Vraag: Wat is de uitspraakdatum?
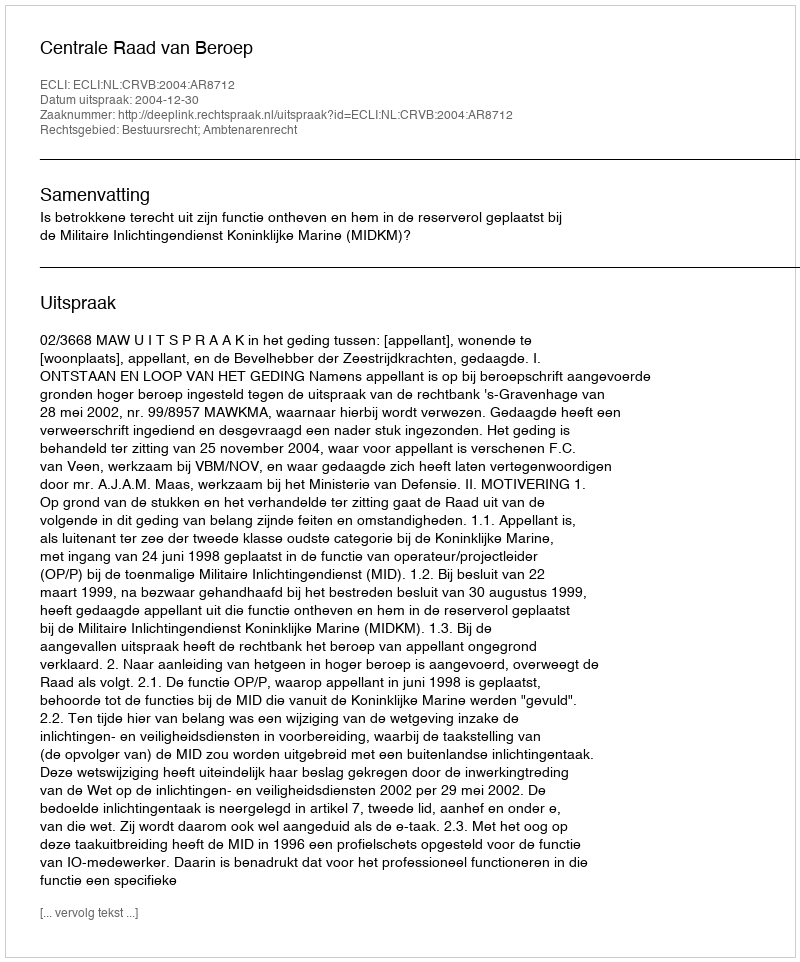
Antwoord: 2004-12-30